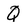
Character: Q